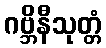
ဂဗ္ဘိနီသုတ္တံ